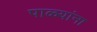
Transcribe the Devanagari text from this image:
पाळ्यांना